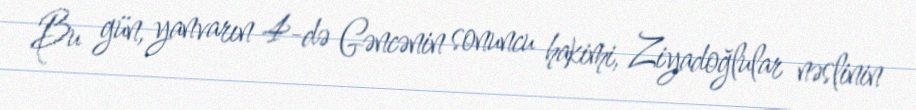
Bu gün, yanvarın 4-də Gəncənin sonuncu hakimi, Ziyadoğlular nəslinin